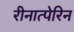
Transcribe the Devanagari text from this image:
रीनात्पेरिन